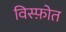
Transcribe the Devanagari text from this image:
विस्फ़ोत